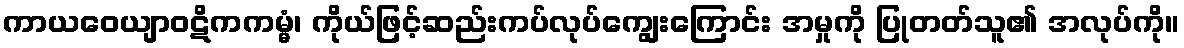
ကာယဝေယျာဝဋိကကမ္မံ၊ ကိုယ်ဖြင့်ဆည်းကပ်လုပ်ကျွေးကြောင်း အမှုကို ပြုတတ်သူ၏ အလုပ်ကို။